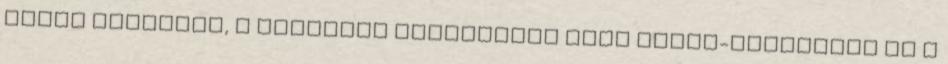
főleg Moldovát, a jelenleg Ukrajnában lévő Észak-Bukovinát és a